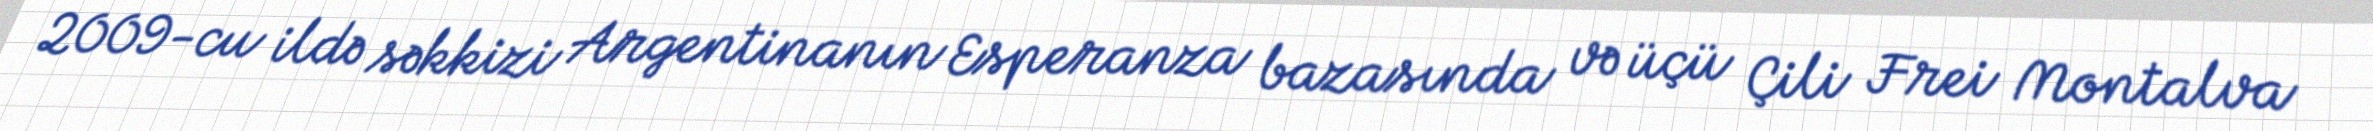
2009-cu ildə səkkizi Argentinanın Esperanza bazasında və üçü Çili Frei Montalva